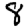
Digit: 8